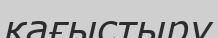
қағыстыру